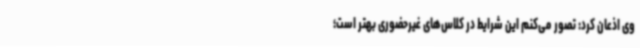
وی اذعان کرد: تصور می‌کنم این شرایط در کلاس‌های غیرحضوری بهتر است؛